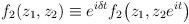
LaTeX: \begin{align*} f_2(z_1,z_2)\equiv e^{i\delta t} f_2\big(z_1, z_2 e^{it}\big) \end{align*}